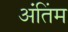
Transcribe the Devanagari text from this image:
अंतिंम